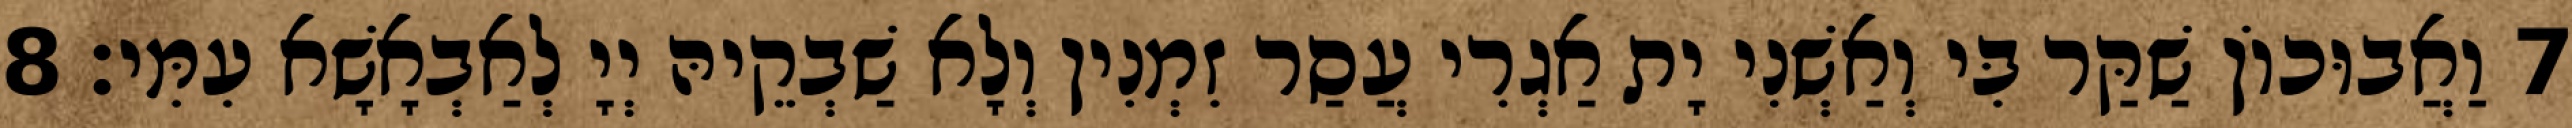
7 וַאֲבוּכוֹן שַׁקַּר בִּי וְאַשְׁנִי יָת אַגְרִי עֲסַר זִמְנִין וְלָא שַׁבְקֵיהּ יְיָ לְאַבְאָשָׁא עִמִּי׃ 8